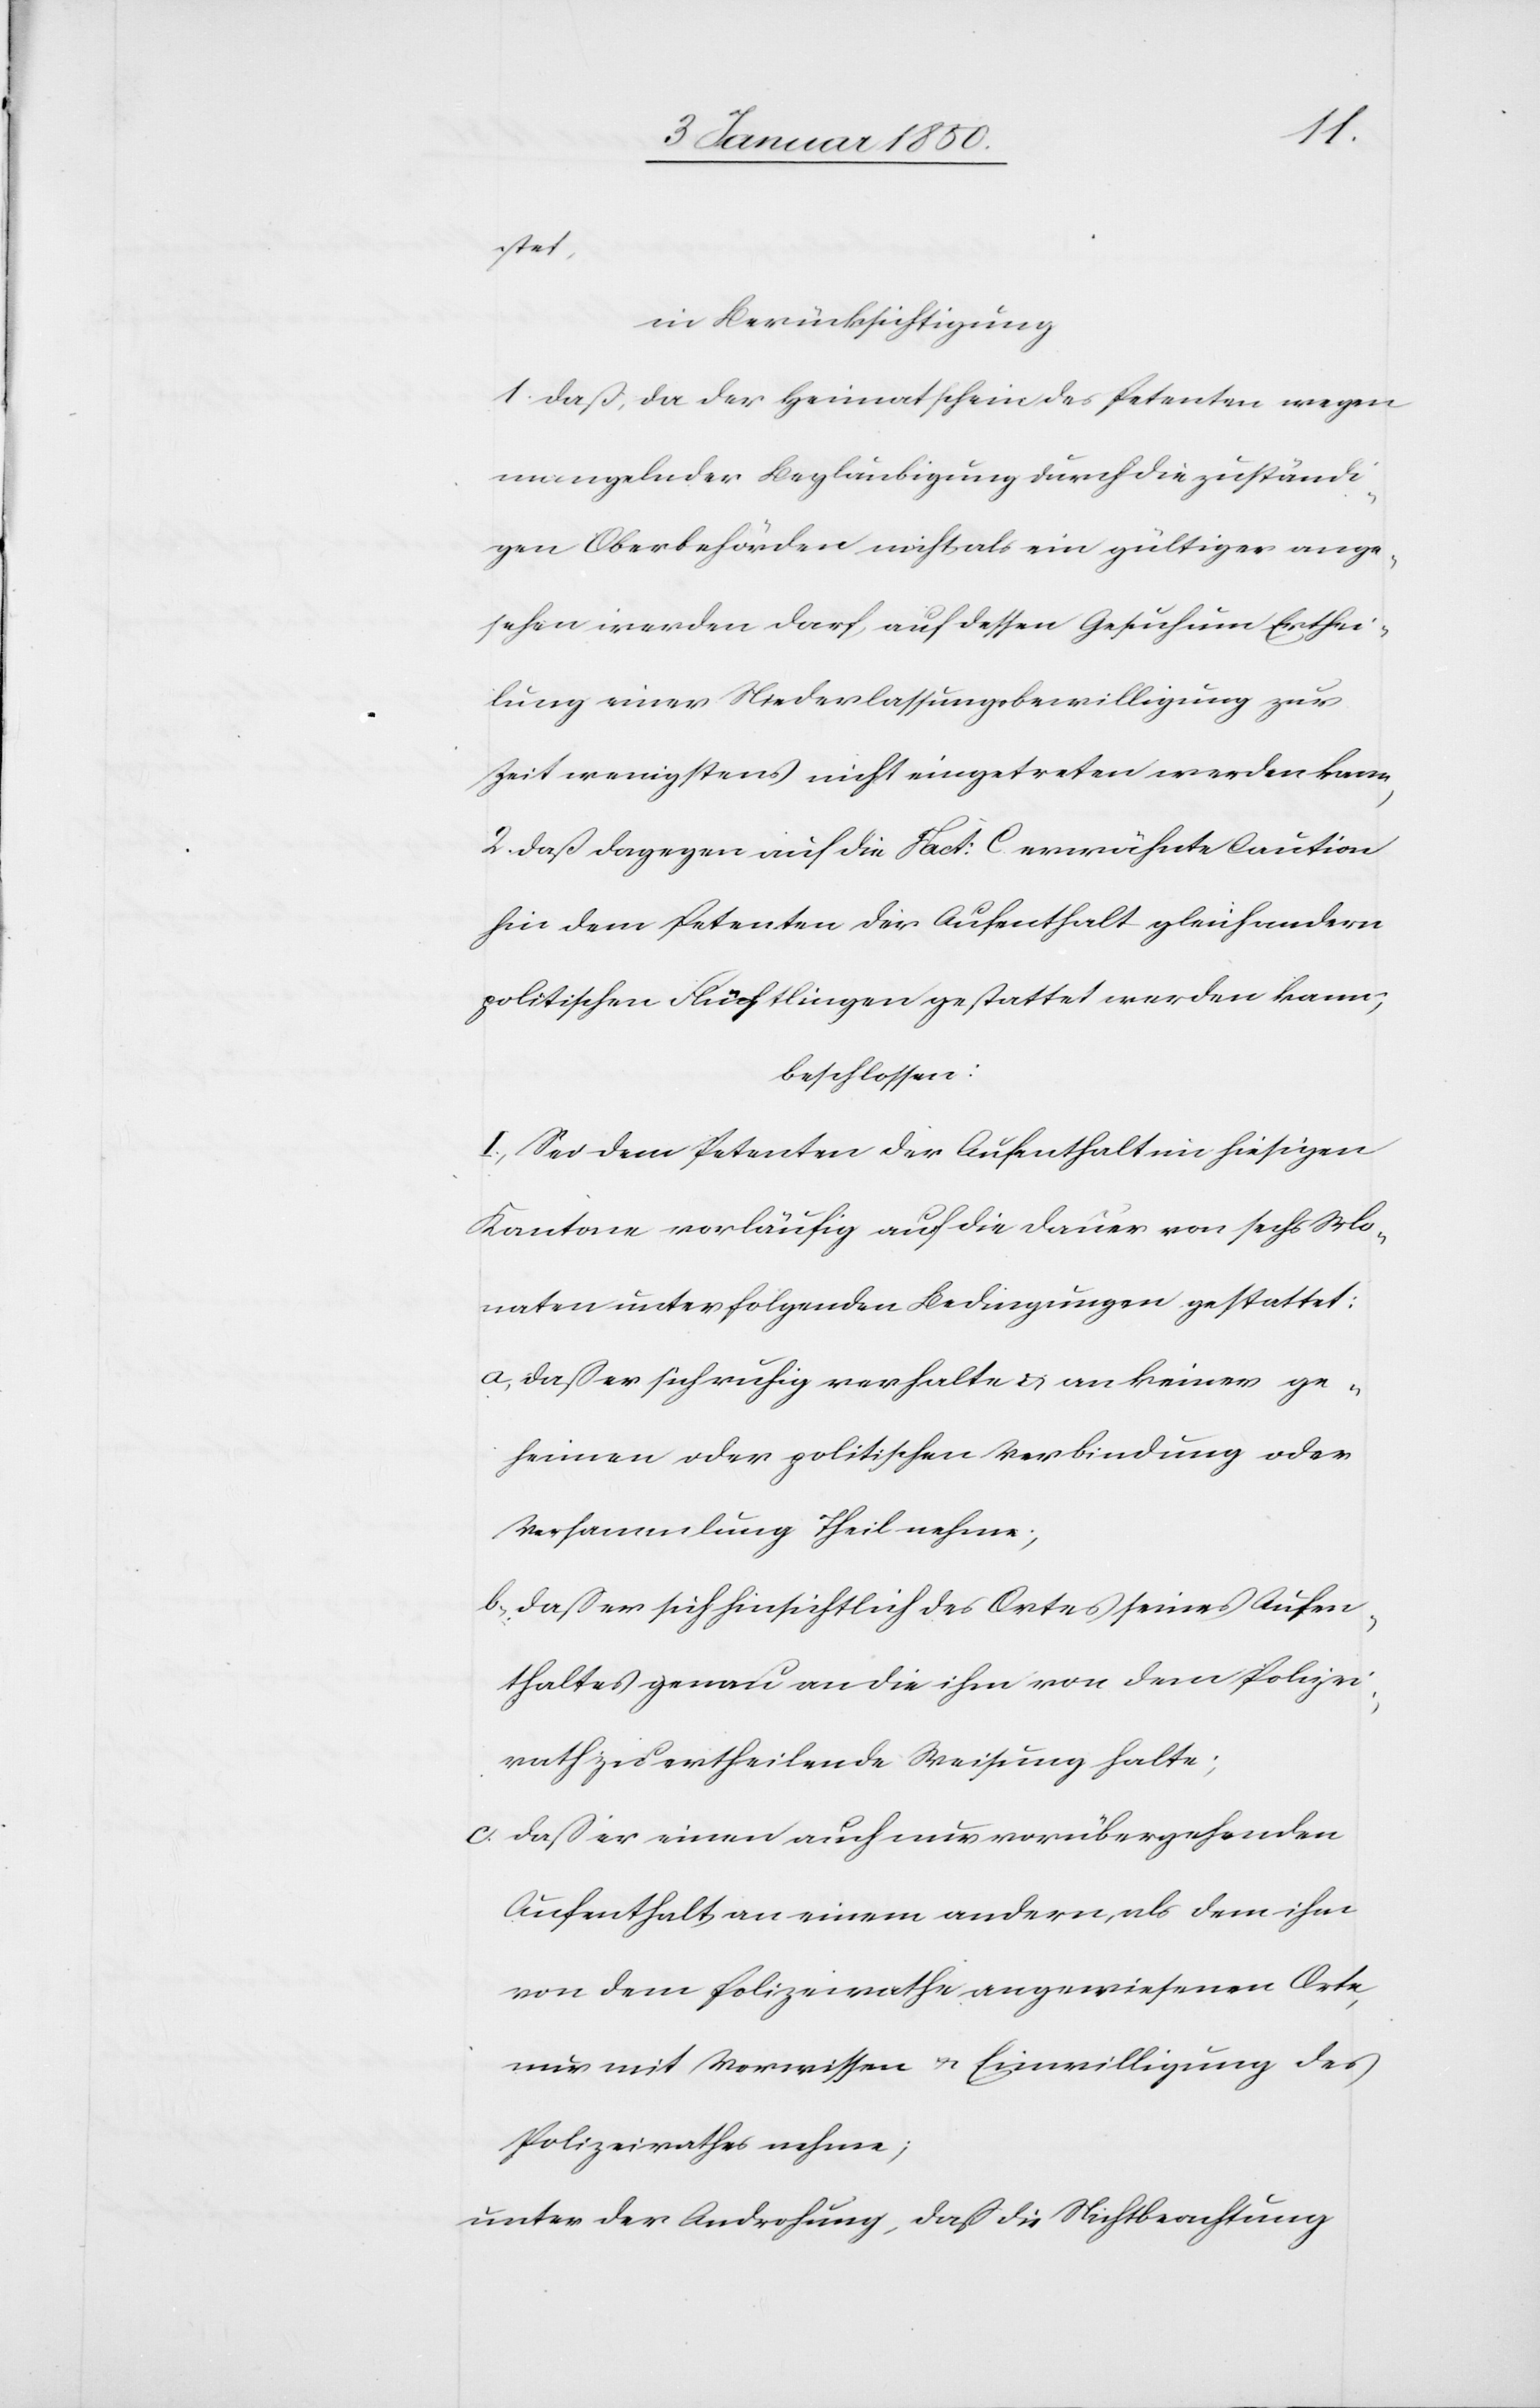
stet,
in Berücksichtigung
1. Daß, da der Heimatschein des Petenten wegen
mangelnder Beglaubigung durch die zuständi¬
gen Oberbehörden nicht als ein gültiger ange¬
sehen werden darf, auf dessen Gesuch um Erthei¬
lung einer Niederlassungsbewilligung zur
Zeit wenigstens nicht eingetreten werden kann,
2. Daß dagegen auf die Fact: C erwähnte Caution
hin dem Petenten der Aufenthalt gleich andern
politischen Flüchtlingen gestattet werden kann;
beschlossen:
I. Sei dem Petenten der Aufenthalt im hiesigen
Kantone vorläufig auf die Dauer von sechs Mo¬
naten unter folgenden Bedingungen gestattet:
a. Daß er sich ruhig verhalte u. an keiner ge¬
heimen oder politischen Verbindung oder
Versammlung Theil nehme;
b. Daß er sich hinsichtlich des Ortes seines Aufen¬
thaltes genau an die ihm von dem Polizei¬
rath zu ertheilende Weisung halte;
c. Daß er einen auch nur vorübergehenden
Aufenthalt, an einem andern, als dem ihm
von dem Polizeirathe angewiesenen Orte,
nur mit Vorwissen u. Einwilligung des
Polizeirathes nehme;
unter der Androhung, daß die Nichtbeachtung